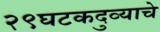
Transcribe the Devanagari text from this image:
२९घटकदुव्याचे